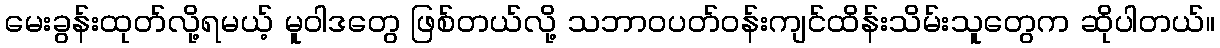
မေးခွန်းထုတ်လို့ရမယ့် မူဝါဒတွေ ဖြစ်တယ်လို့ သဘာဝပတ်ဝန်းကျင်ထိန်းသိမ်းသူတွေက ဆိုပါတယ်။